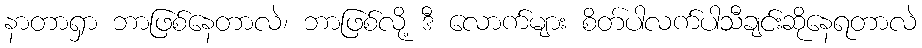
နာတာရှာ ဘာဖြစ်နေတာလဲ၊ ဘာဖြစ်လို့ ဒီ လောက်များ စိတ်ပါလက်ပါသီချင်းဆိုနေရတာလဲ